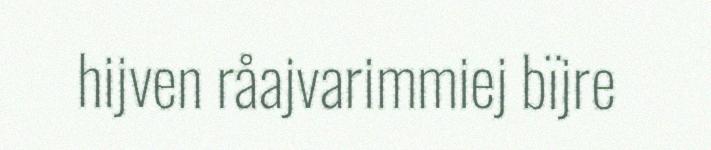
hijven råajvarimmiej bïjre